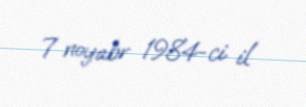
7 noyabr 1984-ci il